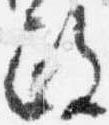
政